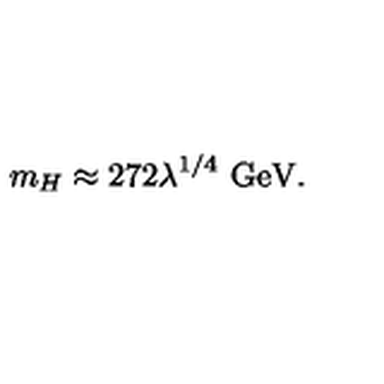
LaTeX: m _ { H } \approx 2 7 2 \lambda ^ { 1 / 4 } \ \mathrm { G e V } .